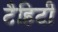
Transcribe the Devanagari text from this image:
टैहिटी